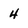
Character: 4